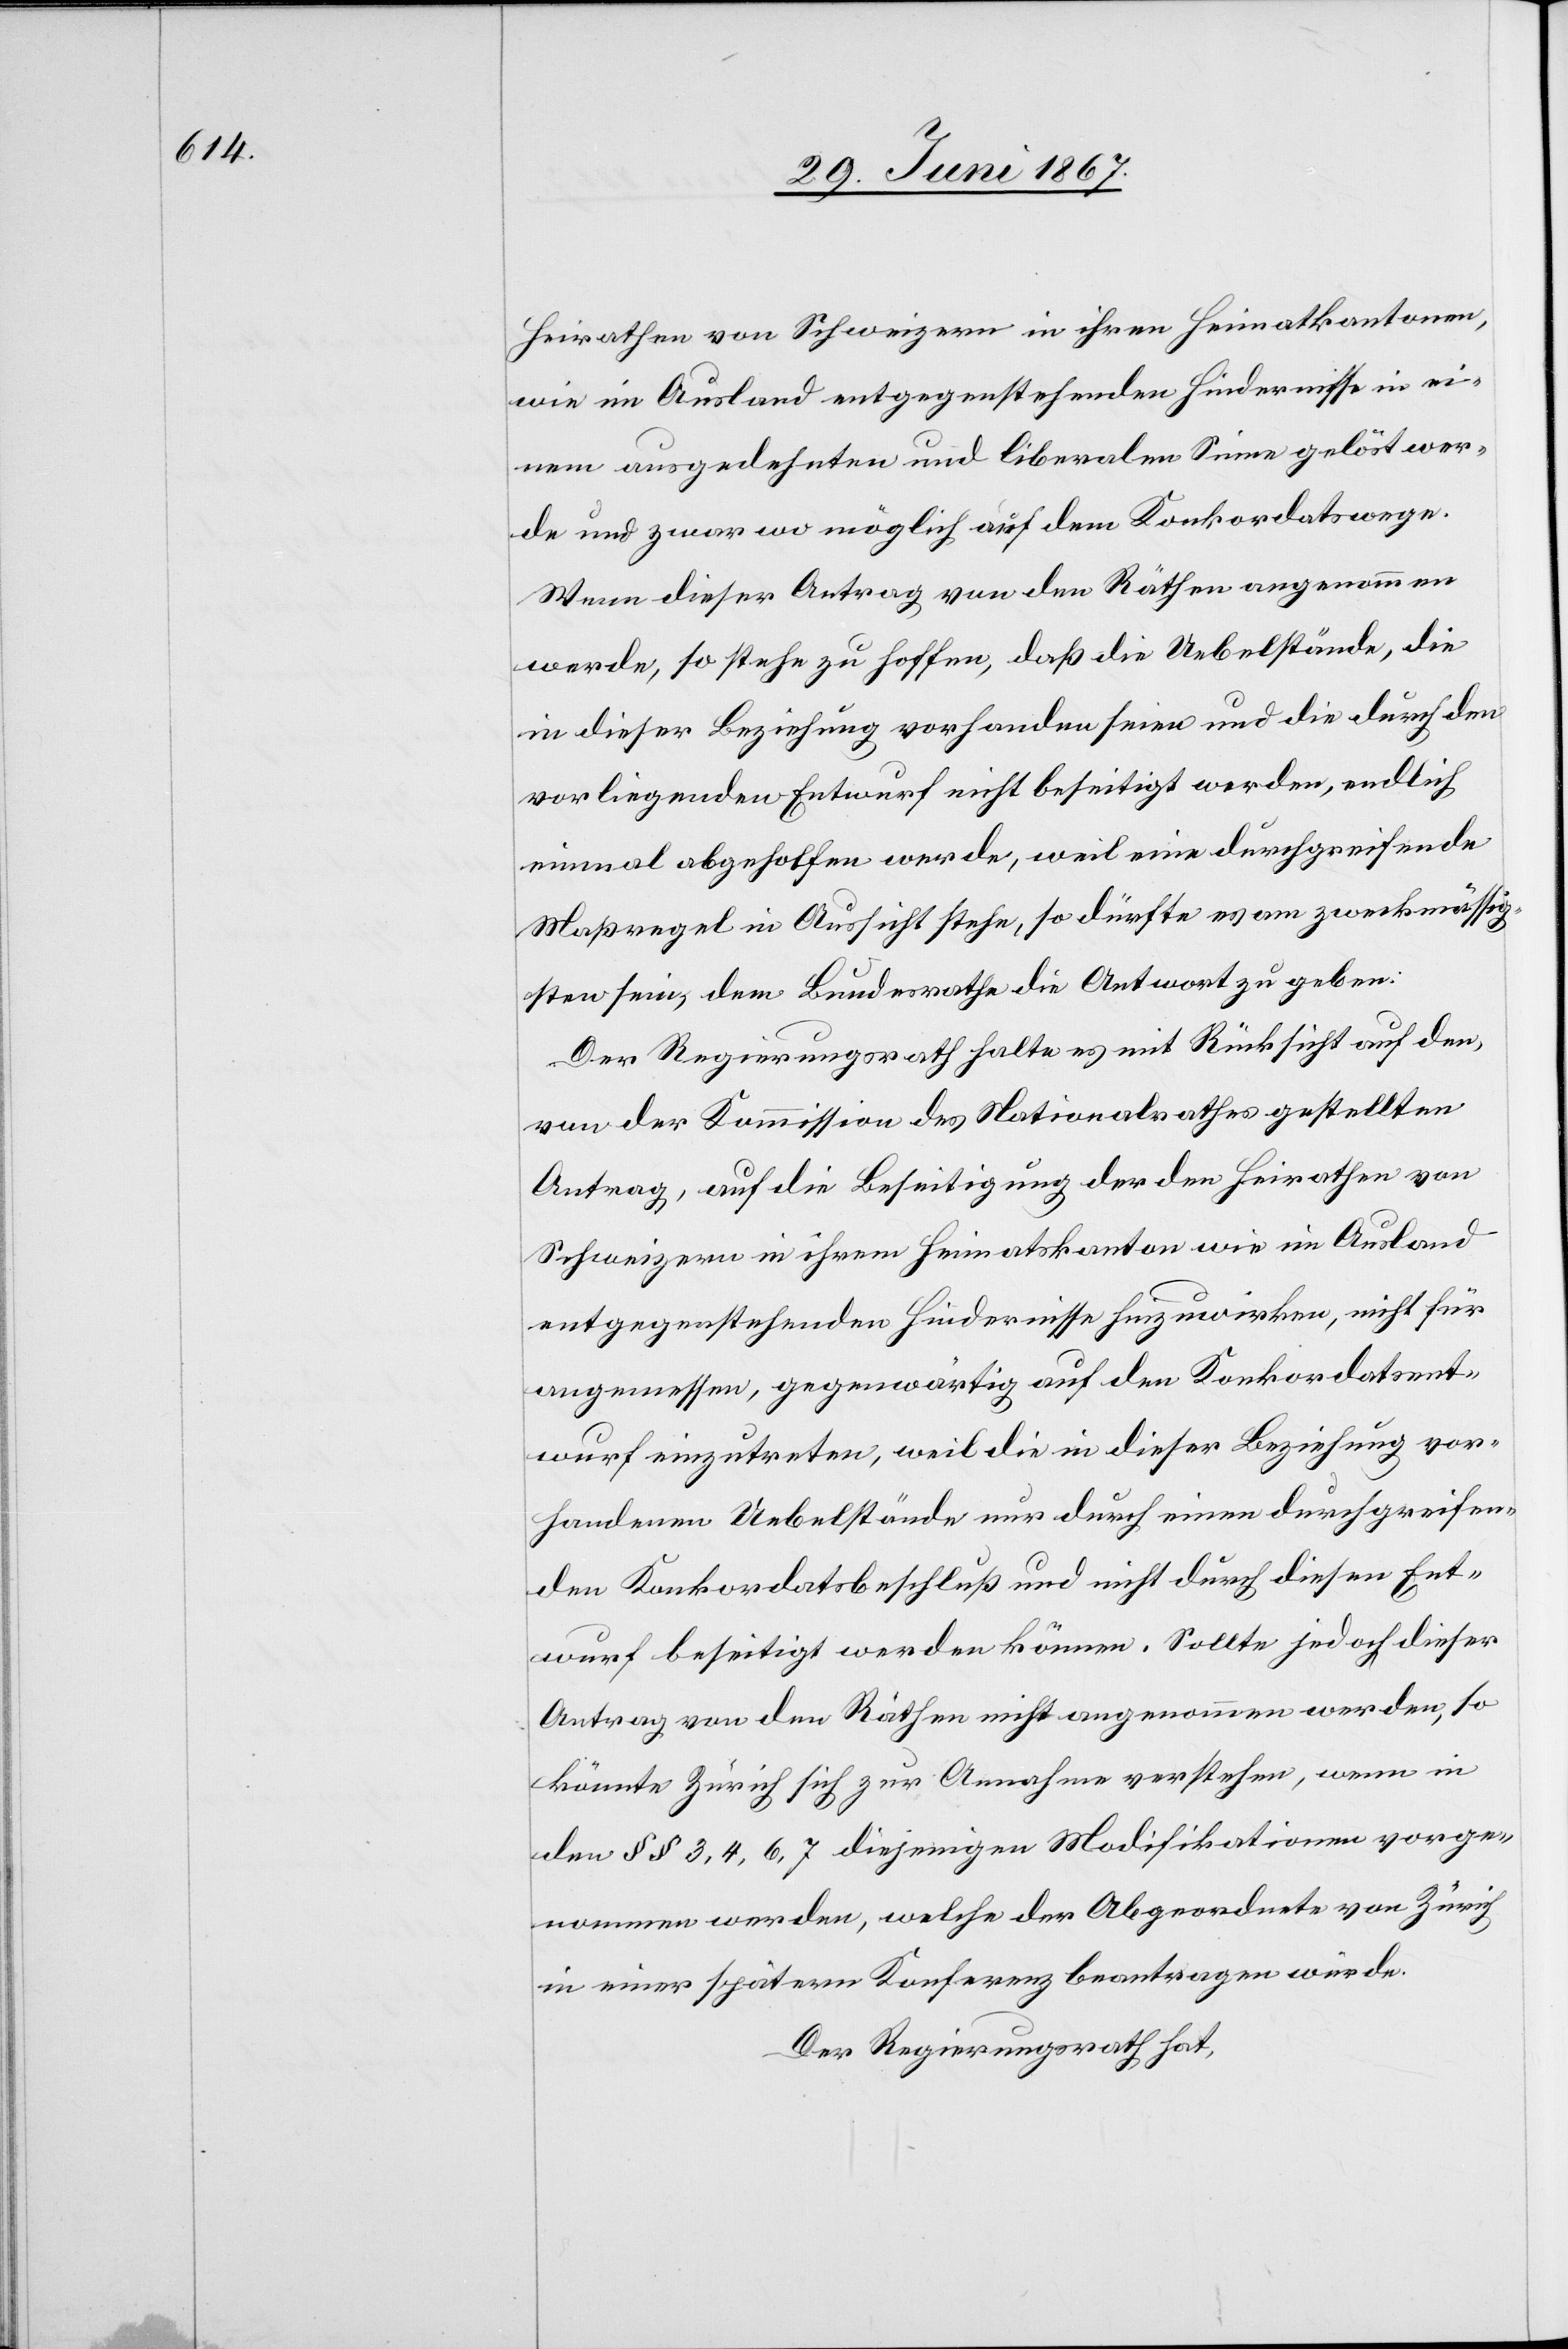
Heirathen von Schweizern in ihren Heimatkantonen,
wie im Ausland entgegenstehenden Hindernisse in ei¬
nem ausgedehnten und liberalen Sinne gelöst wer¬
de und zwar wo möglich auf dem Konkordatswege.
Wenn dieser Antrag von den Räthen angenommen
werde, so stehe zu hoffen, daß die Uebelstände, die
in dieser Beziehung vorhanden seien und die durch den
vorliegenden Entwurf nicht beseitigt werden, endlich
einmal abgeholfen werde, weil eine durchgreifende
Maßregel in Aussicht stehe, so dürfte es am zweckmässig¬
sten sein, dem Bundesrathe die Antwort zu geben:
Der Regierungsrath halte es mit Rücksicht auf den,
von der Kommission des Nationalrathes gestellten
Antrag, auf die Beseitigung der den Heirathen von
Schweizern in ihrem Heimatskanton wie im Ausland
entgegenstehenden Hindernisse hinzuwirken, nicht für
angemessen, gegenwärtig auf den Konkordatsent¬
wurf einzutreten, weil die in dieser Beziehung vor¬
handenen Uebelstände nur durch einen durchgreifen¬
den Konkordatsbeschluß und nicht durch diesen Ent¬
wurf beseitigt werden können. Sollte jedoch dieser
Antrag von den Räthen nicht angenommen werden, so
könnte Zürich sich zur Annahme verstehen, wenn in
den § § 3, 4, 6, 7 diejenigen Modifikationen vorge¬
nommen werden, welche der Abgeordnete von Zürich
in einer spätern Konferenz beantragen würde.
Der Regierungsrath hat,